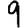
Digit: 9